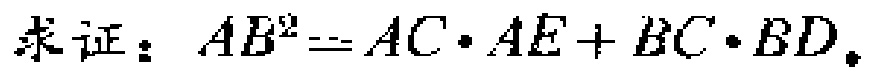
求证：\(AB^{2}=AC\cdot AE + BC\cdot BD\)。